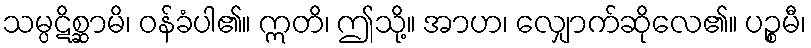
သမ္ပဋိစ္ဆာမိ၊ ဝန်ခံပါ၏။ ဣတိ၊ ဤသို့။ အာဟ၊ လျှောက်ဆိုလေ၏။ ပဉ္စမီ၊